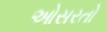
ઓસરતો